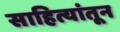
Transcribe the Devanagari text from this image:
साहित्यांतून